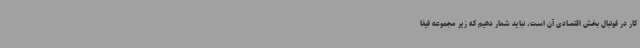
کار در فوتبال بخش اقتصادی آن است، نباید شعار دهیم که زیر مجموعه فیفا